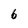
Character: 6